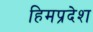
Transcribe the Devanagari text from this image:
हिमप्रदेश